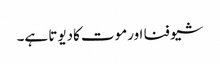
شیو فنا اورموت کادیوتا ہے۔